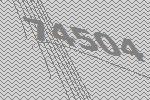
74504